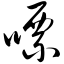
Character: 嘌